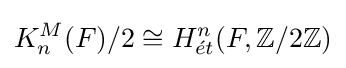
K_{n}^{M}(F)/2\cong H_{{\acute {e}}t}^{n}(F,\mathbb {Z} /2\mathbb {Z} )